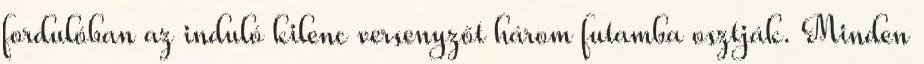
fordulóban az induló kilenc versenyzőt három futamba osztják. Minden